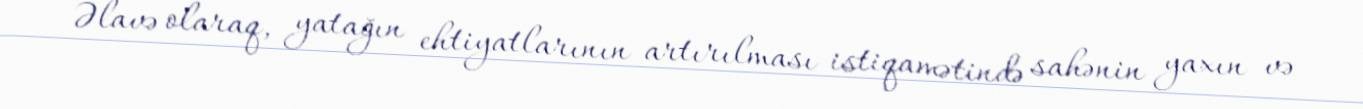
Əlavə olaraq, yatağın ehtiyatlarının artırılması istiqamətində sahənin yaxın və